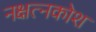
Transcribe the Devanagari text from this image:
नक्षत्नकोश